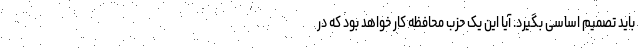
باید تصمیم اساسی بگیرد. آیا این یک حزب محافظه کار خواهد بود که در